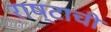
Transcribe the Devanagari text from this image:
राष्टाची